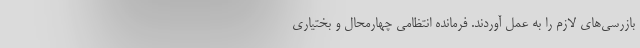
بازرسی‌های لازم را به عمل آوردند. فرمانده انتظامی چهارمحال و بختیاری